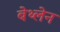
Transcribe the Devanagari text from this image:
बेथ्लेन